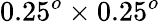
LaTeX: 0.25^{o}\times 0.25^{o}